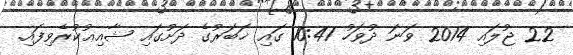
22 ޖުލައި 2014 ވަނަ ދުވަހު 10:41 ގައި ޚަބަރުގެ ދަށުގައި ޝާއިޢުކުރެވިފައި.